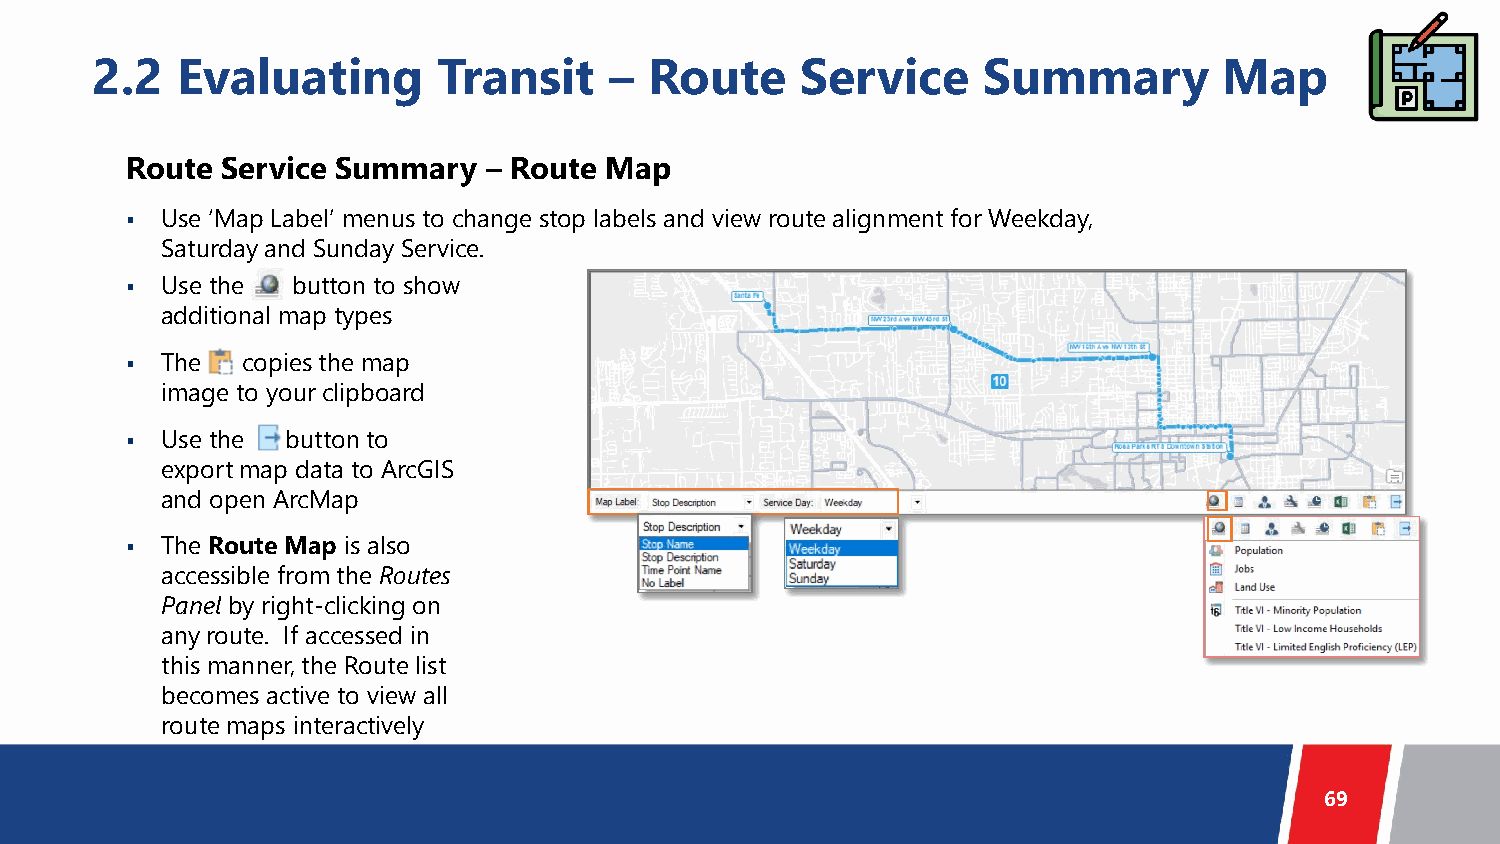
2.2   Evaluating       Transit    –  Route     Service     Summary         Map
 Route  Service Summary  – Route Map
   Use ‘Map Label’ menus to change stop labels and view route alignment for Weekday,
 Saturday and Sunday Service.
   Use the button to show
 additional map types
   The  copies the map
 image to your clipboard
   Use the button to
 export map data to ArcGIS
 and open ArcMap
   The Route Map is also
 accessible from the Routes
 Panel by right-clicking on
 any route. If accessed in
 this manner, the Route list
 becomes active to view all
 route maps interactively
 69